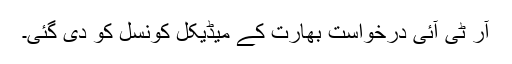
آر ٹی آئی درخواست بھارت کے میڈیکل کونسل کو دی گئی۔